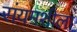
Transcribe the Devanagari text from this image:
संयमशीला